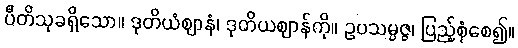
ပီတိသုခရှိသော။ ဒုတိယံဈာနံ၊ ဒုတိယဈာန်ကို။ ဥပသမ္ပဇ္ဇ၊ ပြည့်စုံစေ၍။